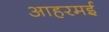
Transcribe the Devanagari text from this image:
आहरमई